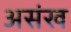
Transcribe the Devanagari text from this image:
असंख